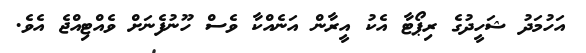
އަހުމަދު ޝަހީދުގެ ރިޕޯޓާ އެކު އީރާން އަނެއްކާ ވެސް ހޫނުފެނަށް ވެއްޓިއްޖެ އެވެ.